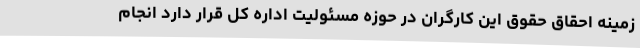
زمینه احقاق حقوق این کارگران در حوزه مسئولیت اداره کل قرار دارد انجام